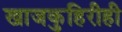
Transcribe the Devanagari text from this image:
खाजकुहिरीही